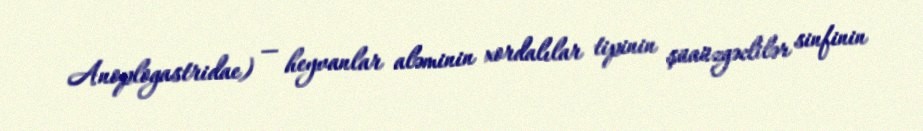
Anoplogastridae) — heyvanlar aləminin xordalılar tipinin şüaüzgəclilər sinfinin